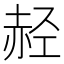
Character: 𫎭